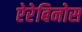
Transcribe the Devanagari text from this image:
ऐरेबिनोस